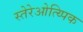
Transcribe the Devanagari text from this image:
स्तेरेओत्य्पिक